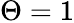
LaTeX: \Theta=1